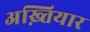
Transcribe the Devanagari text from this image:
अख़्तियार